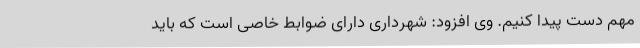
مهم دست پیدا کنیم. وی افزود: شهرداری دارای ضوابط خاصی است که باید